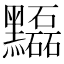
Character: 𪒽